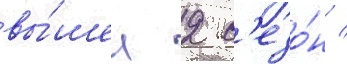
вы́шел 2 с'езо́н /